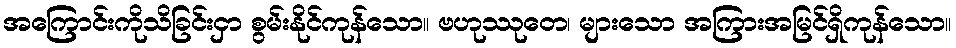
အကြောင်းကိုသိခြင်းငှာ စွမ်းနိုင်ကုန်သော။ ဗဟုဿုတေ၊ များသော အကြားအမြင်ရှိကုန်သော။